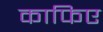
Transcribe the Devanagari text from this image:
काफिए